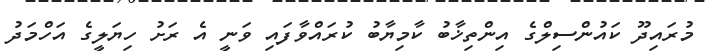
މުރައިދޫ ކައުންސިލްގެ އިންތިޚާބު ކާމިޔާބު ކުރައްވާފައި ވަނީ އެ ރަށު ހިޔަލީގެ އަހްމަދު